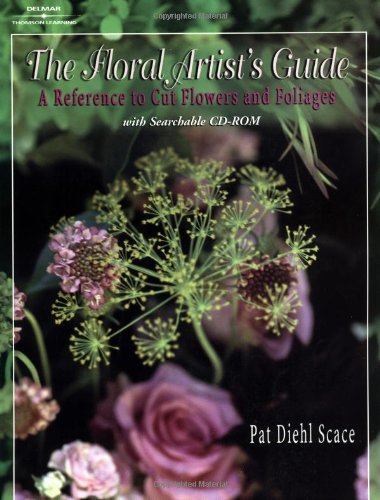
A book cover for The Floral Artist's Guide: A Reference to Cut Flowers and Foliages; Pat Diehl Scace; Crafts, Hobbies & Home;